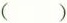
( )